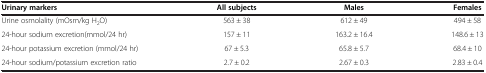
<table><thead><tr><td><b>Urinary markers</b></td><td><b>All subjects</b></td><td><b>Males</b></td><td><b>Females</b></td></tr></thead><tbody><tr><td>Urine osmolality (mOsm/kg H<sub>2</sub>O)</td><td>563 ± 38</td><td>612 ± 49</td><td>494 ± 58</td></tr><tr><td>24-hour sodium excretion(mmol/24 hr)</td><td>157 ± 11</td><td>163.2 ± 16.4</td><td>148.6 ± 13</td></tr><tr><td>24-hour potassium excretion (mmol/24 hr)</td><td>67 ± 5.3</td><td>65.8 ± 5.7</td><td>68.4 ± 10</td></tr><tr><td>24-hour sodium/potassium excretion ratio</td><td>2.7 ± 0.2</td><td>2.67 ± 0.3</td><td>2.83 ± 0.4</td></tr></tbody></table>